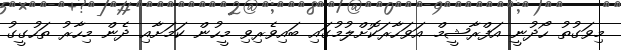
މިވަގުތު ހޯދުނީ އަފްރާޝީމް އަވަހާރަކޮށްލުމުގައި ބައިވެރިވި މީހުން ކަމަށާއި ދެން މިހާރު ތަހުގީގު